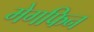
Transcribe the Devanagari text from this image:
मेगफिन